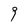
Character: 9